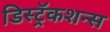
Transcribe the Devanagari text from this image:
डिस्ट्रॅकशन्स